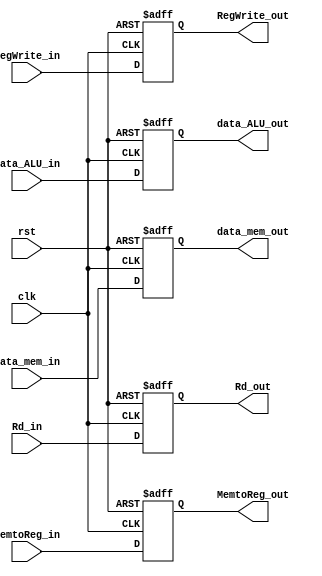
module WB_Pipeline_Reg
(   input                   clk,
    input                   rst,
    input                   RegWrite_in,
    input                   MemtoReg_in,
    input           [31:0]  data_ALU_in,
    input           [31:0]  data_mem_in,
    input           [4:0]   Rd_in,

    output  reg             RegWrite_out,
    output  reg             MemtoReg_out,
    output  reg     [31:0]  data_ALU_out,
    output  reg     [31:0]  data_mem_out,
    output  reg     [4:0]   Rd_out
);  // output data

always @(posedge clk or negedge rst) begin
    if (~rst) begin
        RegWrite_out        <= 1'b0;
        MemtoReg_out        <= 1'b0;
        data_ALU_out        <= 32'b0;
        data_mem_out        <= 32'b0;
        Rd_out              <= 32'b0;
    end else begin
        RegWrite_out        <= RegWrite_in;
        MemtoReg_out        <= MemtoReg_in;
        data_ALU_out        <= data_ALU_in;
        data_mem_out        <= data_mem_in;
        Rd_out              <= Rd_in;
    end
end

endmodule